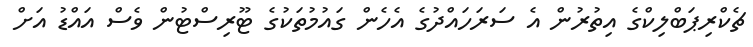
ޗެކްރިޕަބްލިކްގެ އިތުރުން އެ ސަރަހައްދުގެ އެހެން ގައުމުތަކުގެ ޓޫރިސްޓުން ވެސް އައްޑު އަށް